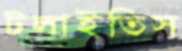
টলাইতিস